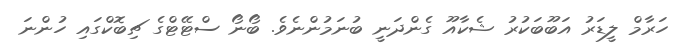
ހަރާމް ލީޑަރު އަބޫބަކުރު ޝެކާއޫ ގެންދަނީ ބުނަމުންނެވެ. ބޯނޯ ސްޓޭޓްގެ ޗިބޮކްގައި ހުންނަ